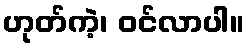
ဟုတ်ကဲ့၊ ဝင်လာပါ။